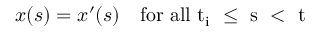
x ( s ) = x ^ { \prime } ( s ) \quad \mathrm { f o r ~ a l l ~ t _ { i } ~ \le ~ s ~ < ~ t ~ }